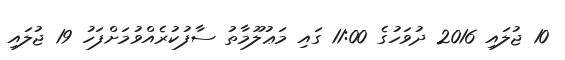
10 ޖުލައި 2016 ދުވަހުގެ 11:00 ގައި މަޢުލޫމާތު ސާފުކުރެއްވުމަށްފަހު 19 ޖުލައި